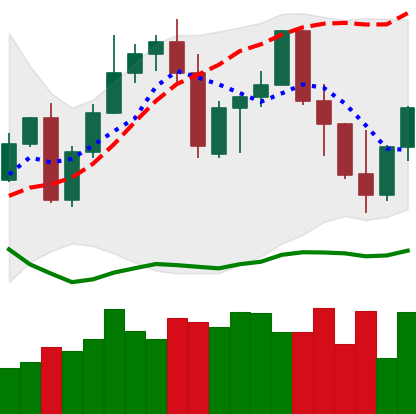
Ticker: LINK-USD
Chart end date: 2022-09-23
Forward return: 4.922%
Label: up_3_5